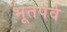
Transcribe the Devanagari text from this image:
भूतपर्व